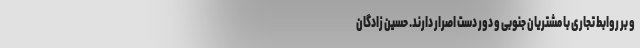
و بر روابط تجاری با مشتریان جنوبی و دور دست اصرار دارند. حسین زادگان